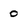
Character: O